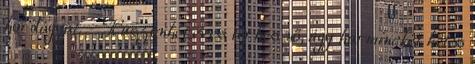
hordágyat. - Huszonhét éves terhes nő, úgy harminckét hetes